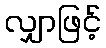
လျှာဖြင့်